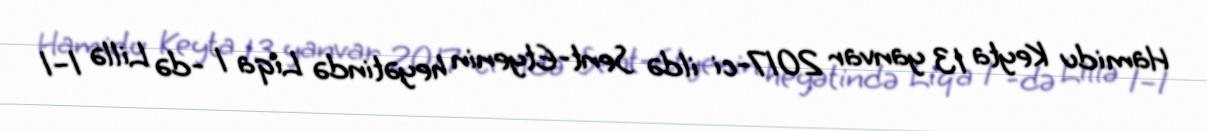
Hamidu Keyta 13 yanvar 2017-ci ildə Sent-Etyenin heyətində Liqa 1 -də Lillə 1–1